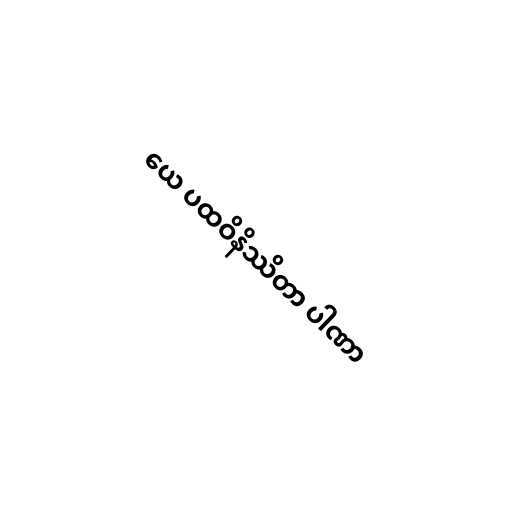
ယေ ပထဝိနိဿိတာ ပါဏာ